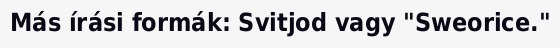
Más írási formák: Svitjod vagy "Sweorice."